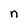
Character: n